Annual report on the mental hospital in the Central Provinces and Berar (Nagpur) - 1927-1951
Year: 1927
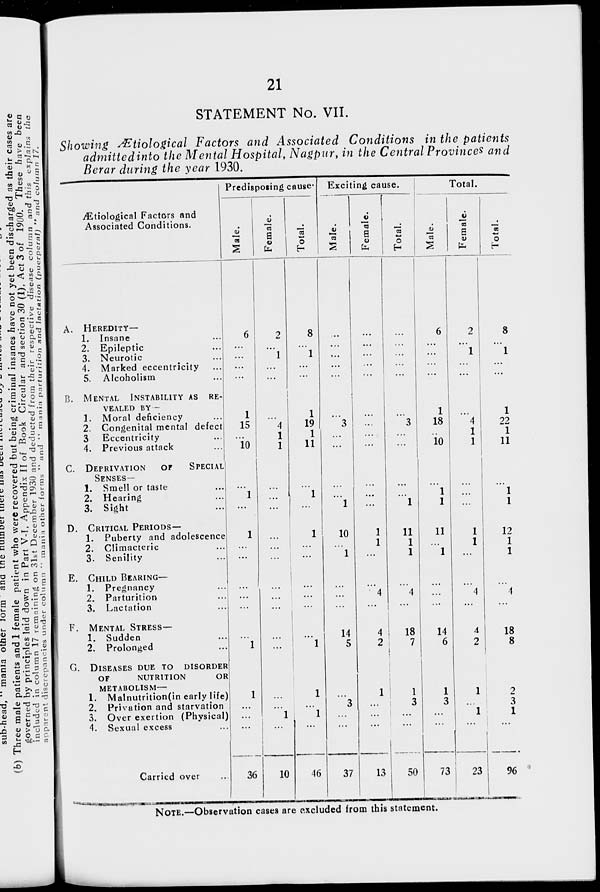
21
STATEMENT No. VII.
Showing Ætiological Factors and Associated Conditions in the patients
admitted into the Mental Hospital, Nagpur, in the Central Provinces and
Berar during the year 1930.
Ætiological Factors and
Associated Conditions.
A. HEREDITY—
1. Insane ...
2. Epileptic ...
3. Neurotic ...
4. Marked eccentricity ...
5. Alcoholism ...
B. MENTAL INSTABILITY AS RE-
------ BY -
1. Moral deficiency ...
2. Congenital mental defect
3 Eccentricity ...
4. Previous attack ...
C. DEPRIVATION
OF SPECIAL
SENSES—
1. Smell or taste ...
2. Hearing ...
3. Sight ...
D. CRITICAL PERIODS—
1. Puberty and adolescence
2. Climacteric ...
3. Senility ...
E. CHILD BEARING—
1. Pregnancy ...
2. Parturition ...
3. Lactation ...
F. MENTAL STRESS—
1. Sudden ...
2. Prolonged ...
G. DISEASES DUE TO DISORDER
OF
NUTRITION
OR
METABOLISM—
1. Malnutrition(in early life)
2. Privation and starvation
3. Over exertion (Physical)
4. Sexual excess ...
Carried over ...
Predisposing cause
Male.
6
...
...
...
...
1
15
...
10
...
1
...
1
...
...
...
...
...
...
1
1
...
...
...
36
Female.
2
...
1
...
...
...
4
1
1
...
...
...
...
...
...
...
...
...
...
...
...
...
1
...
10
Total.
8
...
1
...
...
1
19
1
11
...
1
...
1
...
...
...
...
...
...
1
1
...
1
...
46
Exciting cause.
Male.
...
...
...
...
...
...
3
...
...
...
...
1
10
...
1
...
...
...
14
5
...
3
...
...
37
Female.
...
...
...
...
...
...
...
...
...
...
...
...
1
1
...
...
4
...
4
2
1
...
...
...
13
Total.
...
...
...
...
...
...
3
...
...
...
...
1
11
1
1
...
4
...
18
7
1
3
...
...
50
Total.
Male.
6
...
...
...
...
1
18
...
10
...
1
1
11
...
1
...
...
...
14
6
1
3
...
...
73
Female.
2
...
1
...
...
...
4
1
1
...
...
...
1
1
...
...
4
...
4
2
1
...
1
...
23
Total.
8
...
1
...
...
1
22
...
11
...
...
...
12
...
...
...
4
...
18
8
2
3
1
...
96
NOTE.—Observation cases are excluded from this statement.